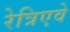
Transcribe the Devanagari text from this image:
रेत्रिएवे